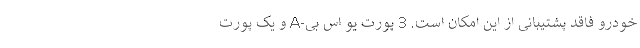
خودرو فاقد پشتیبانی از این امکان است. 3 پورت یو اس بی-A و یک پورت